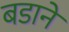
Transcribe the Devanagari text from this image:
बडाने